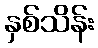
နှစ်သိန်း